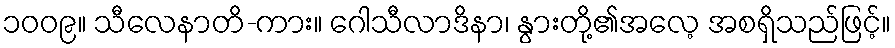
၁၀၀၉။ သီလေနာတိ-ကား။ ဂေါသီလာဒိနာ၊ နွားတို့၏အလေ့ အစရှိသည်ဖြင့်။